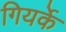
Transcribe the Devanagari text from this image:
गियर्के